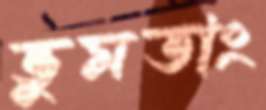
ভুমতাং